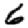
Digit: 6